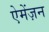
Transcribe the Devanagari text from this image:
ऐमेंज़न